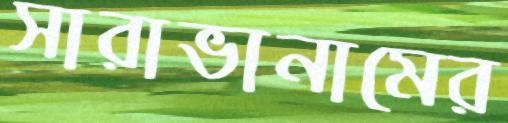
সারাভানামের